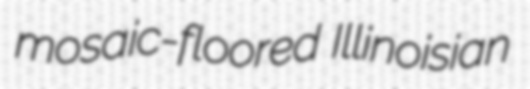
mosaic-floored Illinoisian